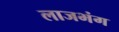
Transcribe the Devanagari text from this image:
लाजभंग